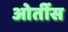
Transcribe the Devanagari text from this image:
ओर्तीस